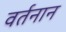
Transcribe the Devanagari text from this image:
वर्तनान